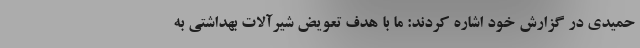
حمیدی در گزارش خود اشاره کردند: ما با هدف تعویض شیرآلات بهداشتی به